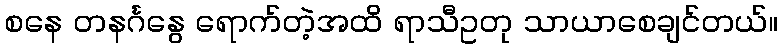
စနေ တနင်္ဂနွေ ရောက်တဲ့အထိ ရာသီဥတု သာယာစေချင်တယ်။